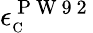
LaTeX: \epsilon_{\scriptscriptstyle\mathrm{C}}^{\mathrm{~P~W~9~2~}}